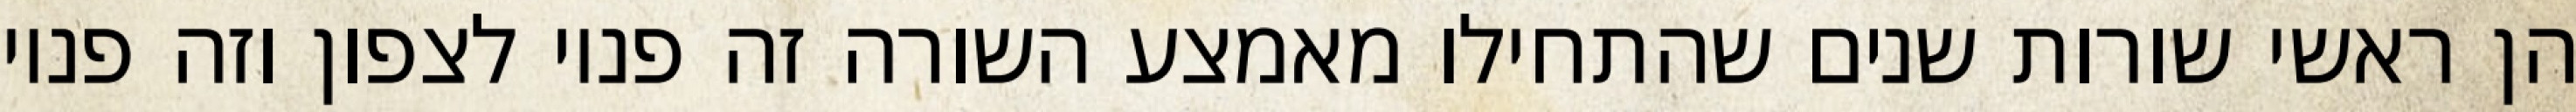
הן ראשי שורות שנים שהתחילו מאמצע השורה זה פניו לצפון וזה פניו